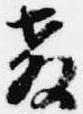
教